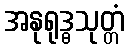
အနုရုဒ္ဓသုတ္တံ